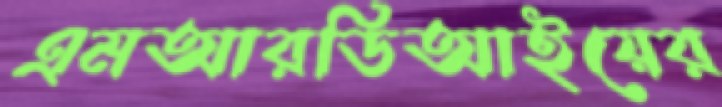
এমআরডিআইয়ের